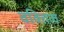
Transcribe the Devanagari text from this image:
वक्तित्व